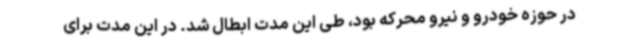
در حوزه خودرو و نیرو محرکه بود، طی این مدت ابطال شد. در این مدت برای